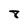
Character: 8